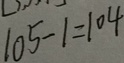
1 0 5 - 1 = 1 0 4